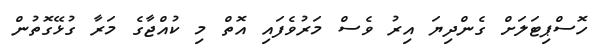
ހޮސްޕިޓަލަށް ގެންދިޔަ އިރު ވެސް މަރުވެފައި އޮތް މި ކުއްޖާގެ މަރާ ގުޅޭގޮތުން